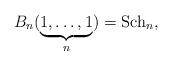
\begin{gather*}B_n(\underbrace{1,\ldots,1}_n) = {\rm Sch}_n,\end{gather*}